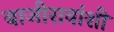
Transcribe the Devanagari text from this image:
बाजीरावांशी